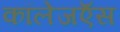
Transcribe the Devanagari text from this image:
कॉलेजऍस